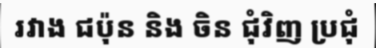
រវាង ជប៉ុន និង ចិន ជុំវិញ ប្រជុំ